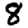
Digit: 8